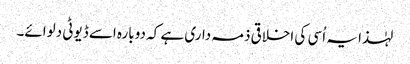
لہٰذا یہ اُسی کی اخلاقی ذمہ داری ہے کہ دوبارہ اسے ڈیوٹی دلوائے۔